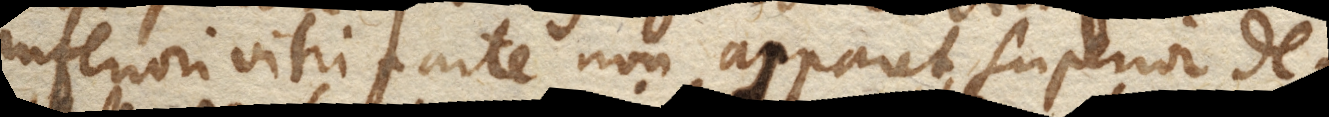
inferiori vitri parte non apparet, superior de–